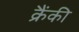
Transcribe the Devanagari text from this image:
क्रैंकी